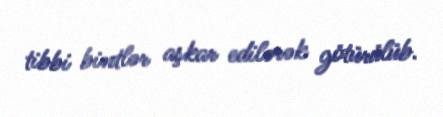
tibbi bintlər aşkar edilərək götürülüb.